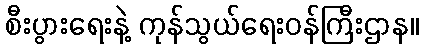
စီးပွားရေးနဲ့ ကုန်သွယ်ရေးဝန်ကြီးဌာန။